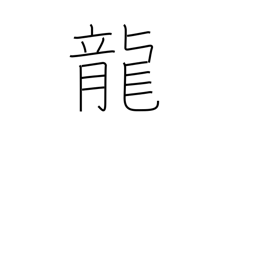
Meaning: dragon